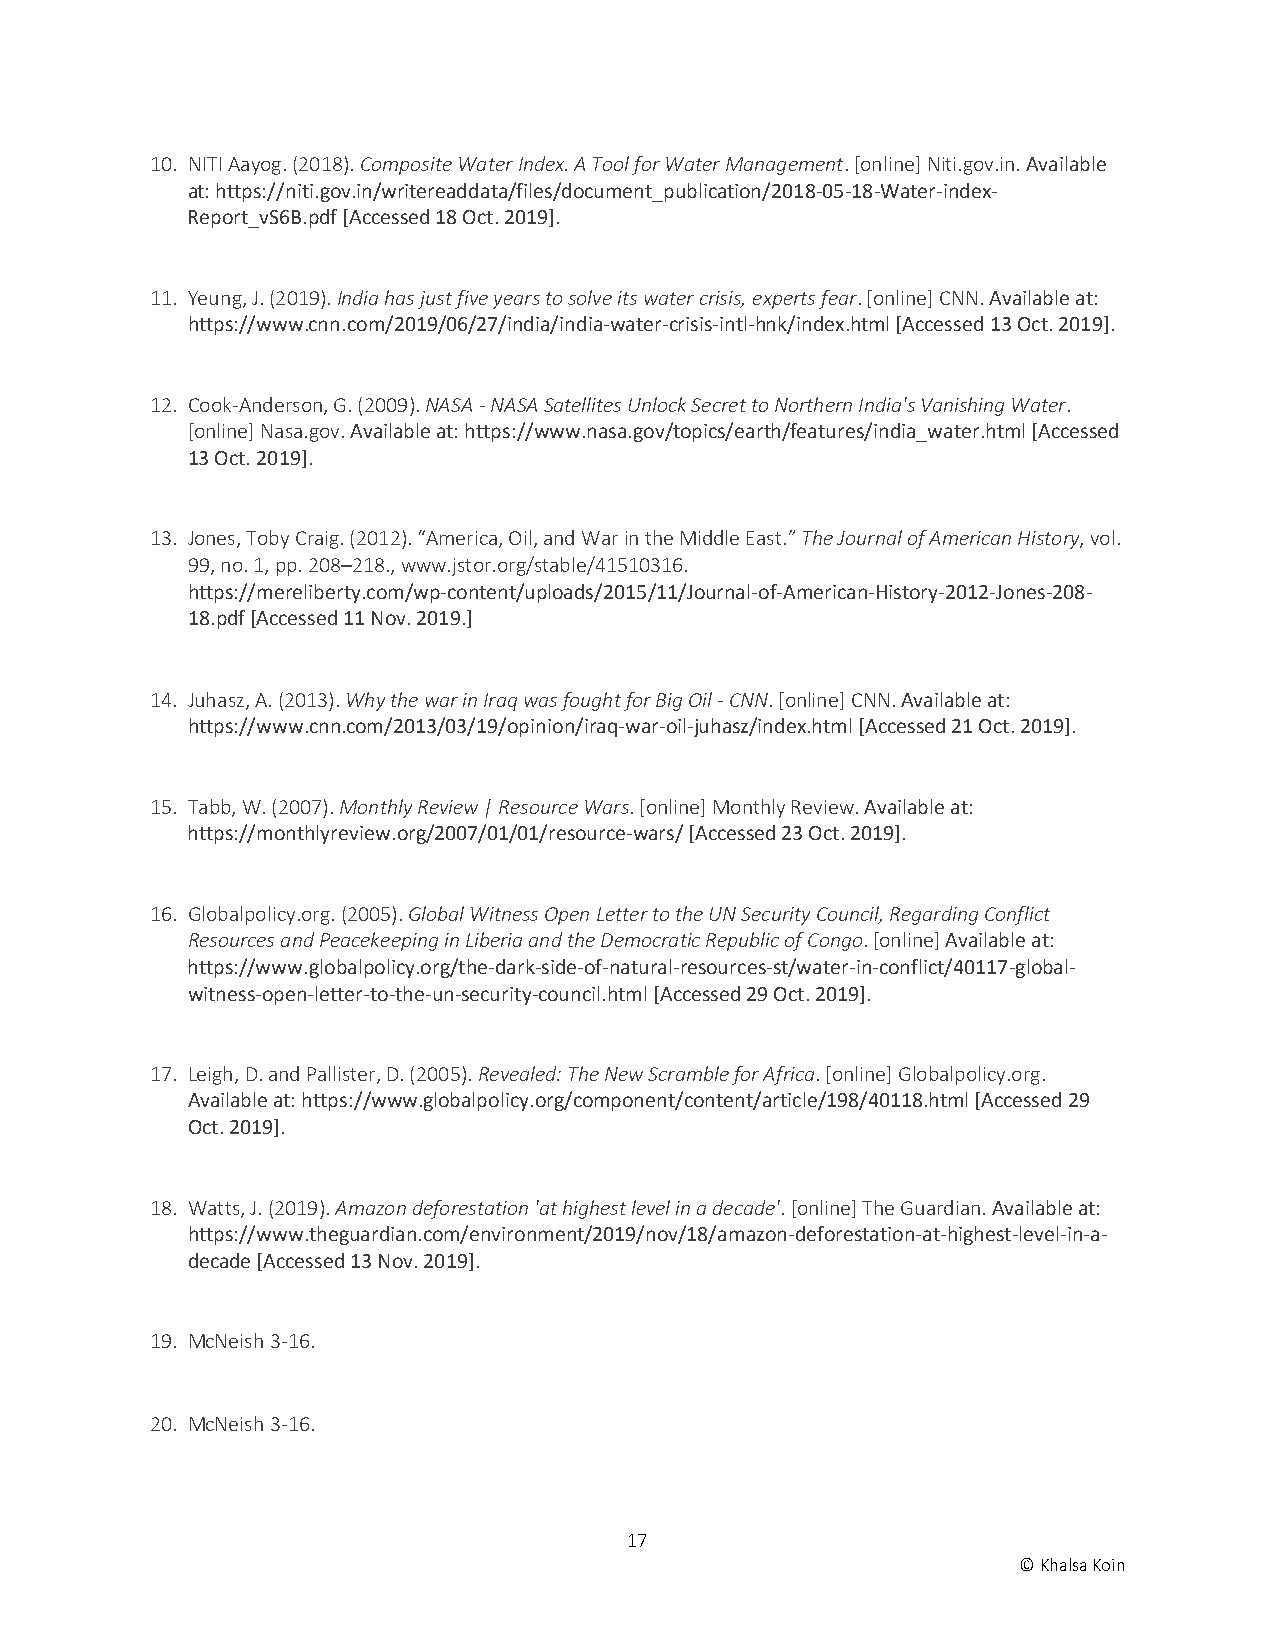
10. NITI Aayog. (2018). Composite Water Index. A Tool for Water Management. [online] Niti.gov.in. Available
 at: https://niti.gov.in/writereaddata/files/document_publication/2018-05-18-Water-index-
 Report_vS6B.pdf [Accessed 18 Oct. 2019].
 11. Yeung, J. (2019). India has just five years to solve its water crisis, experts fear. [online] CNN. Available at:
 https://www.cnn.com/2019/06/27/india/india-water-crisis-intl-hnk/index.html [Accessed 13 Oct. 2019].
 12. Cook-Anderson, G. (2009). NASA - NASA Satellites Unlock Secret to Northern India's Vanishing Water.
 [online] Nasa.gov. Available at: https://www.nasa.gov/topics/earth/features/india_water.html [Accessed
 13 Oct. 2019].
 13. Jones, Toby Craig. (2012). “America, Oil, and War in the Middle East.” The Journal of American History, vol.
 99, no. 1, pp. 208–218., www.jstor.org/stable/41510316.
 https://mereliberty.com/wp-content/uploads/2015/11/Journal-of-American-History-2012-Jones-208-
 18.pdf [Accessed 11 Nov. 2019.]
 14. Juhasz, A. (2013). Why the war in Iraq was fought for Big Oil - CNN. [online] CNN. Available at:
 https://www.cnn.com/2013/03/19/opinion/iraq-war-oil-juhasz/index.html [Accessed 21 Oct. 2019].
 15. Tabb, W. (2007). Monthly Review | Resource Wars. [online] Monthly Review. Available at:
 https://monthlyreview.org/2007/01/01/resource-wars/ [Accessed 23 Oct. 2019].
 16. Globalpolicy.org. (2005). Global Witness Open Letter to the UN Security Council, Regarding Conflict
 Resources and Peacekeeping in Liberia and the Democratic Republic of Congo. [online] Available at:
 https://www.globalpolicy.org/the-dark-side-of-natural-resources-st/water-in-conflict/40117-global-
 witness-open-letter-to-the-un-security-council.html [Accessed 29 Oct. 2019].
 17. Leigh, D. and Pallister, D. (2005). Revealed: The New Scramble for Africa. [online] Globalpolicy.org.
 Available at: https://www.globalpolicy.org/component/content/article/198/40118.html [Accessed 29
 Oct. 2019].
 18. Watts, J. (2019). Amazon deforestation 'at highest level in a decade'. [online] The Guardian. Available at:
 https://www.theguardian.com/environment/2019/nov/18/amazon-deforestation-at-highest-level-in-a-
 decade [Accessed 13 Nov. 2019].
 19. McNeish 3-16.
 20. McNeish 3-16.
 17
 © Khalsa Koin